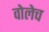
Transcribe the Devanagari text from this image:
वोलेच